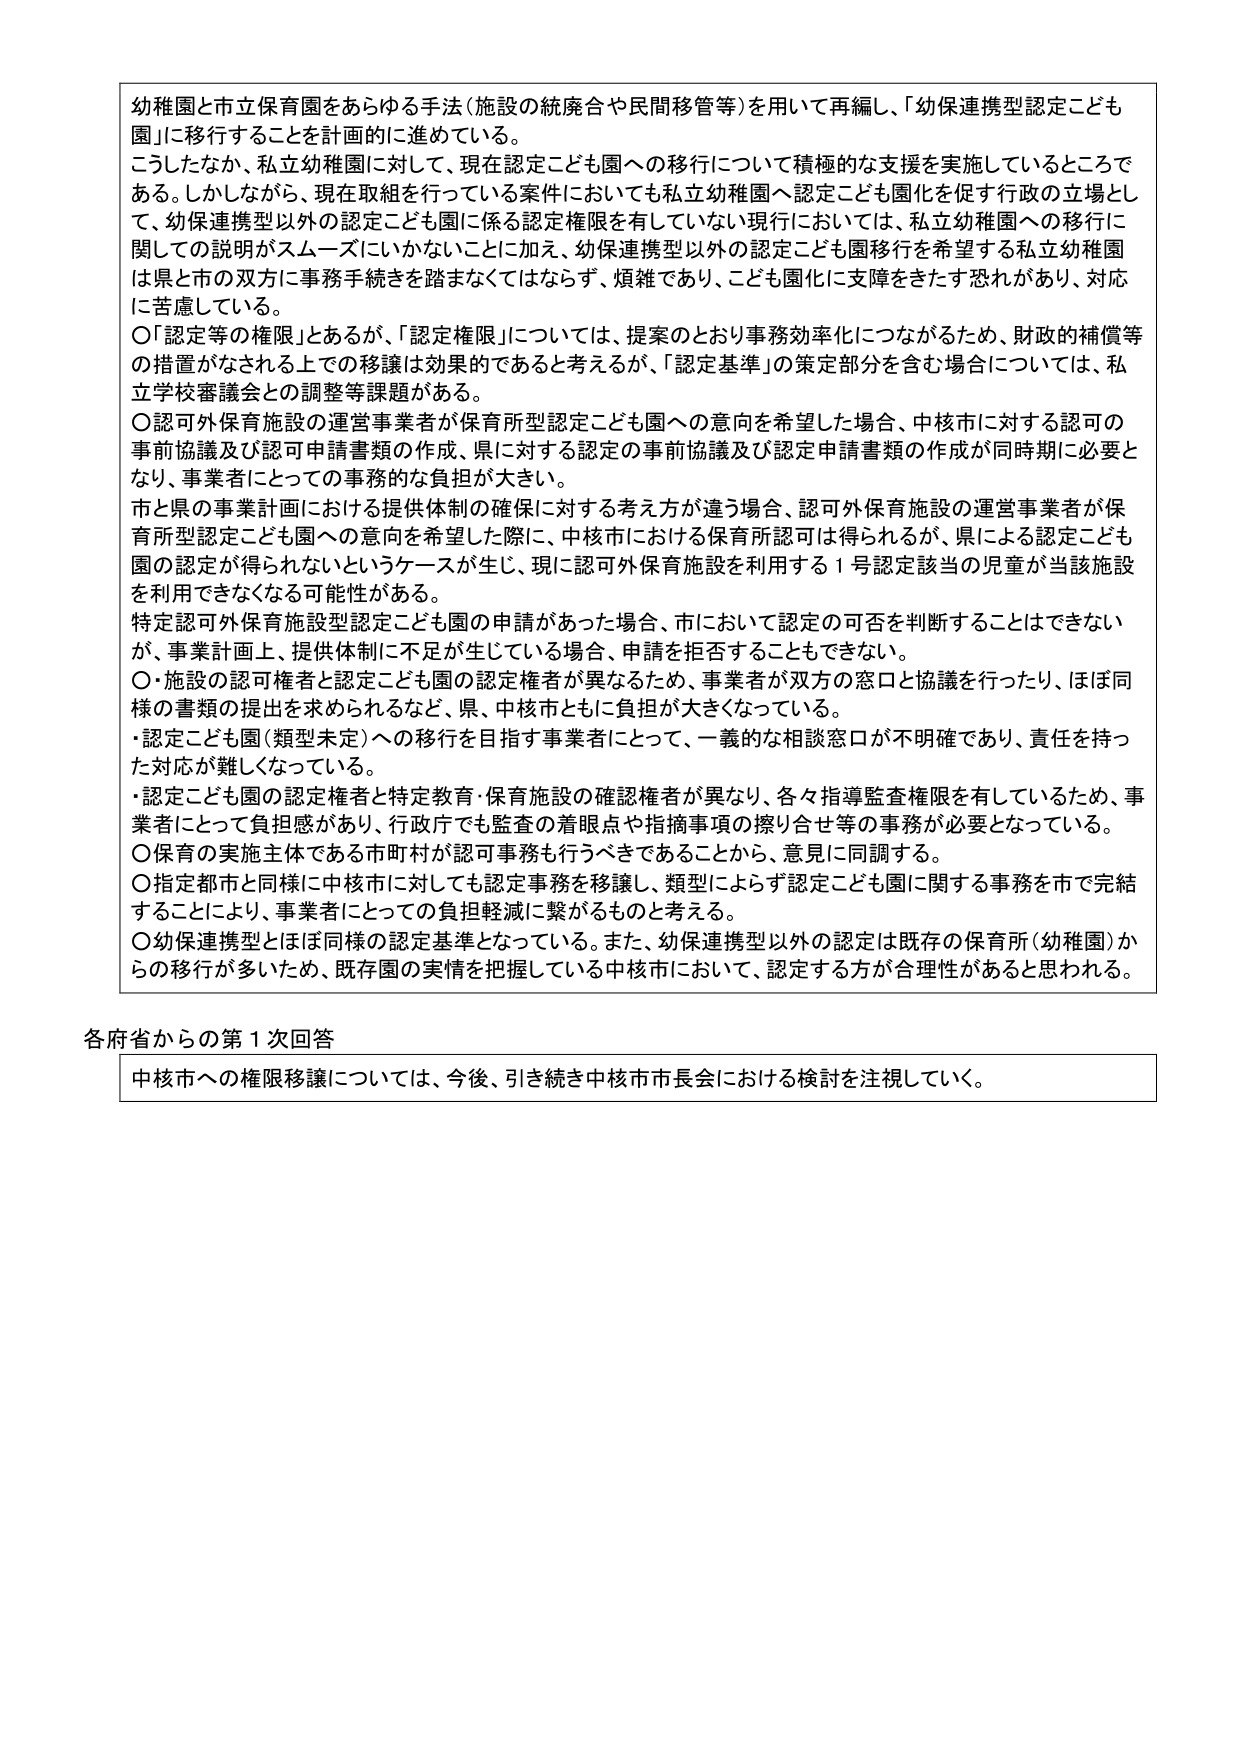
幼稚園と市立保育園をあらゆる手法（施設の統廃合や民間移管等）を用いて再編し、「幼保連携型認定こども園」に移行することを計画的に進めている。

こうしたなか、私立幼稚園に対して、現在認定こども園への移行について積極的な支援を実施しているところである。しかしながら、現在取組を行っている案件においても私立幼稚園へ認定こども園化を促す行政の立場として、幼保連携型以外の認定こども園に係る認定権限を有していない現行においては、私立幼稚園への移行に関しての説明がスムーズにいかないことになに加え、幼保連携型以外の認定こども園移行を希望する私立幼稚園は県と市の双方に事務手続きを踏まなくてはならず、煩雑であり、こども園化に支障をきたす恐れがあり、対応に苦慮している。

〇「認定等の権限」とあるが、「認定権限」については、提案のとおり事務効率化につながるため、財政的補償等の措置がなされる上での移譲は効果的であると考えるが、「認定基準」の策定部分を含む場合については、私立学校審議会との調整等課題がある。

〇認可外保育施設の運営事業者が保育所型認定こども園への意向を希望した場合、中核市に対する認可の事前協議及び認可申請書類の作成、県に対する認定の事前協議及び認定申請書類の作成が同時期に必要となり、事業者にとっての事務的な負担が大きい。

市と県の事業計画における提供体制の確保に対する考え方が違う場合、認可外保育施設の運営事業者が保育所型認定こども園への意向を希望した際に、中核市における保育所認可是得られるが、県による認定こども園の認定が得られないというケースが生じ、現に認可外保育施設を利用する１号認定該当の児童が当該施設を利用できなくなる可能性がある。

特定認可外保育施設型認定こども園の申請があった場合、市において認定の可否を判断することはできないが、事業計画上、提供体制に不足が生じている場合、申請を拒否することもできない。

〇・施設の認可権者と認定こども園の認定権者が異なるため、事業者が双方の窓口と協議を行ったり、ほぼ同様の書類の提出を求められるなど、県、中核市ともに負担が大きくなっている。

・認定こども園（類型未定）への移行を目指す事業者にとって、一義的な相談窓口が不明確であり、責任を持った対応が難しくなっている。

・認定こども園の認定権者と特定教育・保育施設の確認権者が異なり、各々指導監査権限を有しているため、事業者にとって負担感があり、行政庁でも監査の着眼点や指摘事項の擦り合せ等の事務が必要となっている。

〇保育の実施主体である市町村が認可事務も行うべきであることから、意見に同調する。

〇指定都市と同様に中核市に対しても認定事務を移譲し、類型によらず認定こども園に関する事務を市で完結することにより、事業者にとっての負担軽減に繋がるものと考える。

〇幼保連携型とはほぼ同様の認定基準となっている。また、幼保連携型以外の認定は既存の保育所（幼稚園）からの移行が多いため、既存園の実情を把握している中核市において、認定する方が合理性があると思われる。

各府省からの第１次回答

中核市への権限移譲については、今後、引き続き中核市市長会における検討を注視していく。